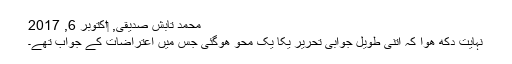
محمد تابش صدیقی, ‏اکتوبر 6, 2017
نہایت دکھ ھوا کہ اتنی طویل جوابی تحریر یکا یک محو ھوگئی جس میں اعتراضات کے جواب تھے۔